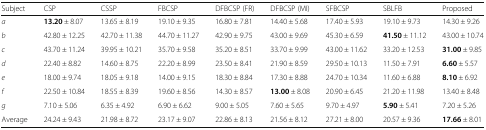
<table><thead><tr><td><b>Subject</b></td><td><b>CSP</b></td><td><b>CSSP</b></td><td><b>FBCSP</b></td><td><b>DFBCSP (FR)</b></td><td><b>DFBCSP (MI)</b></td><td><b>SFBCSP</b></td><td><b>SBLFB</b></td><td><b>Proposed</b></td></tr></thead><tbody><tr><td><i>a</i></td><td><b>13.20</b> ± 8.07</td><td>13.65 ± 8.19</td><td>19.10 ± 9.35</td><td>16.80 ± 7.81</td><td>14.40 ± 5.68</td><td>17.40 ± 5.93</td><td>19.10 ± 9.73</td><td>14.30 ± 9.26</td></tr><tr><td><i>b</i></td><td>42.80 ± 12.25</td><td>42.70 ± 11.38</td><td>44.70 ± 11.27</td><td>42.90 ± 9.75</td><td>43.00 ± 9.69</td><td>45.30 ± 6.59</td><td><b>41.50</b> ± 11.12</td><td>43.00 ± 10.74</td></tr><tr><td><i>c</i></td><td>43.70 ± 11.24</td><td>39.95 ± 10.21</td><td>35.70 ± 9.58</td><td>35.20 ± 8.51</td><td>33.70 ± 9.99</td><td>43.00 ± 11.62</td><td>33.20 ± 12.53</td><td><b>31.00</b> ± 9.85</td></tr><tr><td><i>d</i></td><td>22.40 ± 8.82</td><td>14.60 ± 8.75</td><td>22.20 ± 8.99</td><td>23.50 ± 8.41</td><td>21.90 ± 8.59</td><td>29.50 ± 10.13</td><td>11.50 ± 7.91</td><td><b>6.60</b> ± 5.57</td></tr><tr><td><i>e</i></td><td>18.00 ± 9.74</td><td>18.05 ± 9.18</td><td>14.00 ± 9.15</td><td>18.30 ± 8.84</td><td>17.30 ± 8.88</td><td>24.70 ± 10.34</td><td>11.60 ± 6.88</td><td><b>8.10</b> ± 6.92</td></tr><tr><td><i>f</i></td><td>22.50 ± 10.84</td><td>18.55 ± 8.39</td><td>19.60 ± 8.56</td><td>14.30 ± 8.57</td><td><b>13.00</b> ± 8.08</td><td>20.90 ± 6.45</td><td>21.20 ± 11.98</td><td>13.40 ± 8.48</td></tr><tr><td><i>g</i></td><td>7.10 ± 5.06</td><td>6.35 ± 4.92</td><td>6.90 ± 6.62</td><td>9.00 ± 5.05</td><td>7.60 ± 5.65</td><td>9.70 ± 4.97</td><td><b>5.90</b> ± 5.41</td><td>7.20 ± 5.26</td></tr><tr><td>Average</td><td>24.24 ± 9.43</td><td>21.98 ± 8.72</td><td>23.17 ± 9.07</td><td>22.86 ± 8.13</td><td>21.56 ± 8.12</td><td>27.21 ± 8.00</td><td>20.57 ± 9.36</td><td><b>17.66</b> ± 8.01</td></tr></tbody></table>